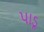
પાડૂ